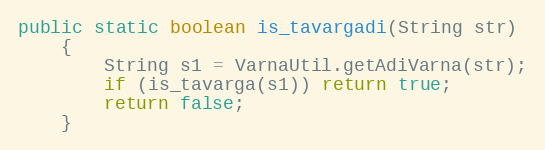
Language: Java
public static boolean is_tavargadi(String str)
    {
        String s1 = VarnaUtil.getAdiVarna(str);
        if (is_tavarga(s1)) return true;
        return false;
    }